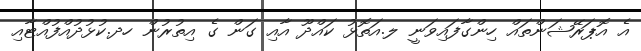
އެ އޮޕަރޭޝަންތައް ހިންގާފައިވަނީ ލ.އަތޮޅު ކައްދޫ އާއި ގަން ގެ އިތުރުން ހދ.ކުޅުދުއްފުއްޓާއި